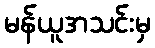
မန်ယူအသင်းမှ